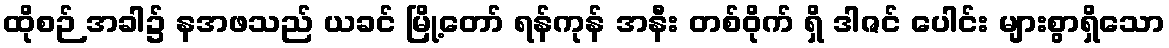
ထိုစဉ် အခါ၌ နအဖသည် ယခင် မြို့တော် ရန်ကုန် အနီး တစ်ဝိုက် ရှိ ဒါဇင် ပေါင်း များစွာရှိသော